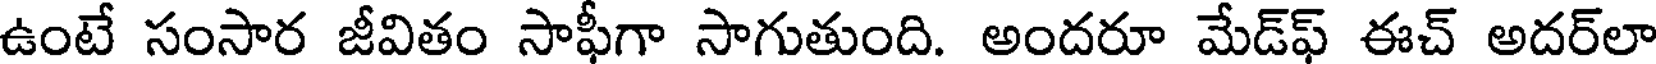
ఉంటే సంసార జీవితం సాఫీగా సాగుతుంది. అందరూ మేడ్ఫ్ ఈచ్ అదర్లా